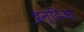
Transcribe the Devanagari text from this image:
इन्दिआ